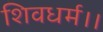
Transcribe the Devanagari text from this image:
शिवधर्म।।